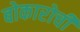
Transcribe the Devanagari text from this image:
बोकारोची